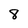
Character: 8